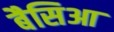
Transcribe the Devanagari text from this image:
बैसिआ